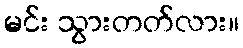
မင်း သွားတတ်လား။